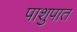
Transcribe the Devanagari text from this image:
पाशुपात